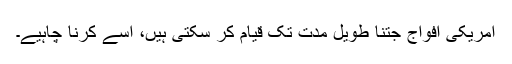
امریکی افواج جتنا طویل مدت تک قیام کر سکتی ہیں، اسے کرنا چاہیے۔